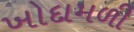
ખોદામળી